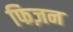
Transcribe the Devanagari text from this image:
फिज़न